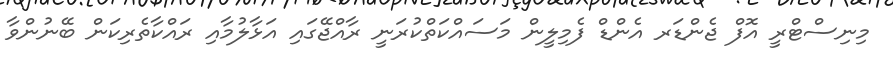
މިނިސްޓްރީ އޮފް ޖެންޑަރ އެންޑް ފެމިލީން މަސައްކަތްކުރަނީ ރާއްޖޭގައި އަޅާލުމާއި ރައްކާތެރިކަން ބޭނުންވާ